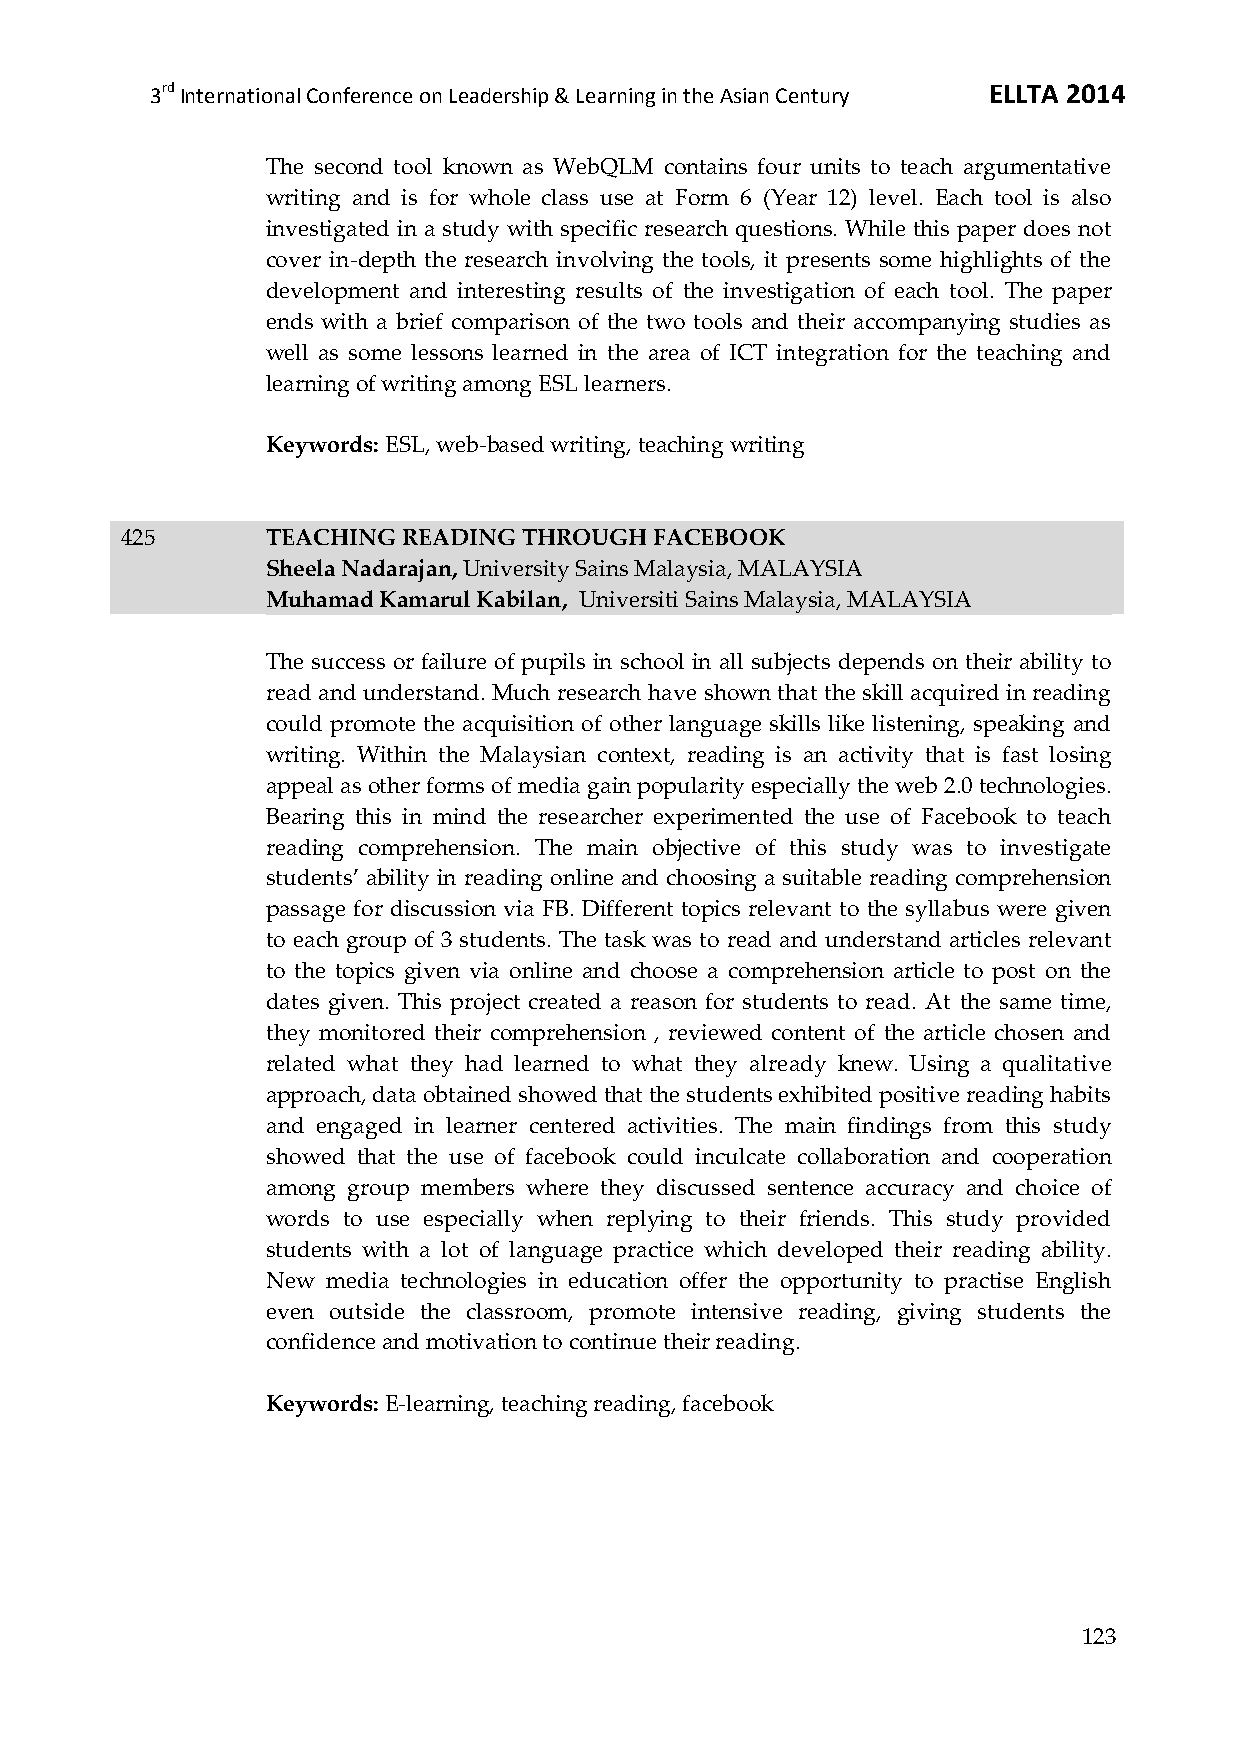
3rd International Conference on Leadership & Learning in the Asian Century ELLTA 2014
 The second tool known as WebQLM contains four units to teach argumentative
 writing and is for whole class use at Form 6 (Year 12) level. Each tool is also
 investigated in a study with specific research questions. While this paper does not
 cover in-depth the research involving the tools, it presents some highlights of the
 development and interesting results of the investigation of each tool. The paper
 ends with a brief comparison of the two tools and their accompanying studies as
 well as some lessons learned in the area of ICT integration for the teaching and
 learning of writing among ESL learners.
 Keywords: ESL, web-based writing, teaching writing
 425       TEACHING READING THROUGH FACEBOOK
 Sheela Nadarajan, University Sains Malaysia, MALAYSIA
 Muhamad Kamarul Kabilan, Universiti Sains Malaysia, MALAYSIA
 The success or failure of pupils in school in all subjects depends on their ability to
 read and understand. Much research have shown that the skill acquired in reading
 could promote the acquisition of other language skills like listening, speaking and
 writing. Within the Malaysian context, reading is an activity that is fast losing
 appeal as other forms of media gain popularity especially the web 2.0 technologies.
 Bearing this in mind the researcher experimented the use of Facebook to teach
 reading comprehension. The main objective of this study was to investigate
 students’ ability in reading online and choosing a suitable reading comprehension
 passage for discussion via FB. Different topics relevant to the syllabus were given
 to each group of 3 students. The task was to read and understand articles relevant
 to the topics given via online and choose a comprehension article to post on the
 dates given. This project created a reason for students to read. At the same time,
 they monitored their comprehension , reviewed content of the article chosen and
 related what they had learned to what they already knew. Using a qualitative
 approach, data obtained showed that the students exhibited positive reading habits
 and engaged in learner centered activities. The main findings from this study
 showed that the use of facebook could inculcate collaboration and cooperation
 among group members where they discussed sentence accuracy and choice of
 words to use especially when replying to their friends. This study provided
 students with a lot of language practice which developed their reading ability.
 New media technologies in education offer the opportunity to practise English
 even outside the classroom, promote intensive reading, giving students the
 confidence and motivation to continue their reading.
 Keywords: E-learning, teaching reading, facebook
 123